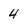
Character: 4